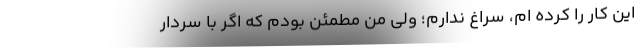
این کار را کرده ام، سراغ ندارم؛ ولی من مطمئن بودم که اگر با سردار